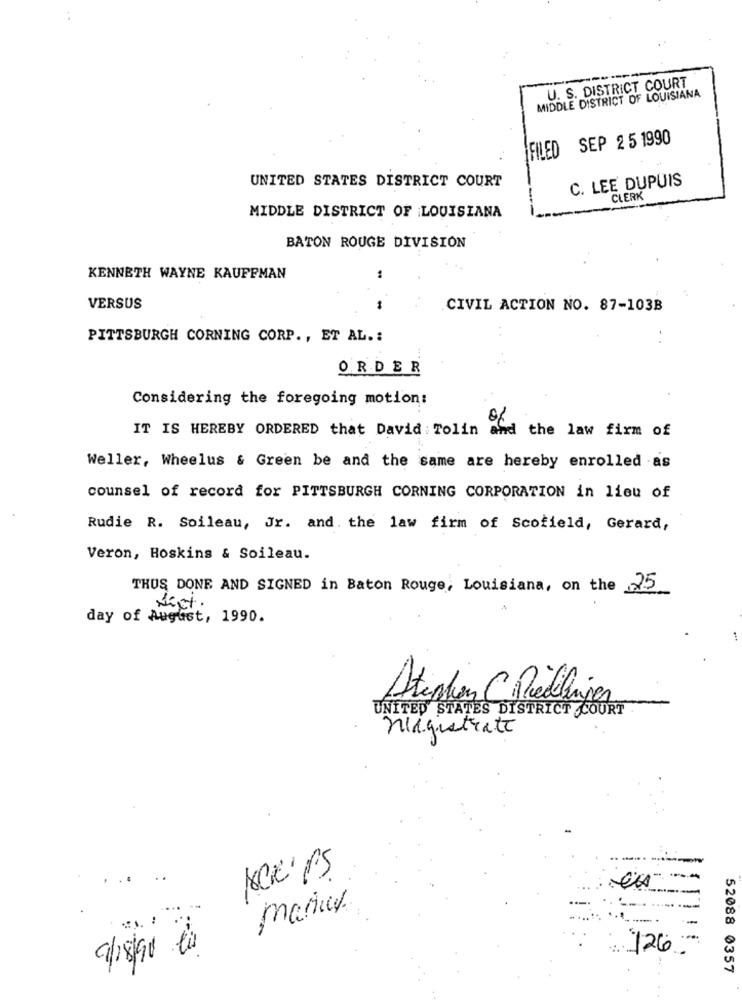
MIDDLE DISTRICT OF LOUISIANA
U. S. DISTRICT COURT
FILED SEP 2 5 1990
UNITED STATES DISTRICT COURT
C. LEE DUPUIS
CLERK
MIDDLE DISTRICT OF LOUISIANA
BATON ROUGE DIVISION
KENNETH WAYNE KAUFFMAN
..
VERSUS
-
CIVIL ACTION NO. 87-103B
PITTSBURGH CORNING CORP ., ET AL .:
ORDER
Considering the foregoing motion:
IT IS HEREBY ORDERED that David Tolin and the law firm of
Weller, Wheelus & Green be and the same are hereby enrolled -as
counsel of record for PITTSBURGH CORNING CORPORATION in lieu of
Rudie R. Soileau, Jr. and. the law firm of Scofield, Gerard,
Veron, Hoskins & Soileau.
THUS DONE AND SIGNED in Baton Rouge, Louisiana, on the 25
sist .
day of August, 1990.
Atention ( Realizar
UNITED STATES DISTRICT COURT
mirguetrate
NOK'PS
--
marius.
126.
52088 0357